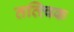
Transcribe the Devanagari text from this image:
तत्त्विक